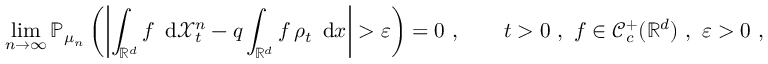
\operatorname* { l i m } _ { n \to \infty } { \mathbb P } _ { \mu _ { n } } \left( \left| \int _ { { \mathbb R } ^ { d } } f \, \mathrm { \normalfont ~ d } \ensuremath { \mathcal X } _ { t } ^ { n } - q \int _ { { \mathbb R } ^ { d } } f \, \rho _ { t } \, \mathrm { \normalfont ~ d } x \right| > \varepsilon \right) = 0 \ , \qquad t > 0 \ , \ f \in \ensuremath { \mathcal C } _ { c } ^ { + } ( { \mathbb R } ^ { d } ) \ , \ \varepsilon > 0 \ ,